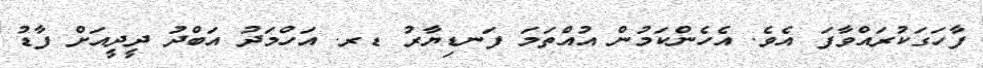
ފާހަގަކުރައްވާފަ އެވެ. އެހެންކަމުން އުއްތަމަ ފަނޑިޔާރު ޑރ. އަހްމަދު އަބްދު ދީދީއަށް ފާޑު